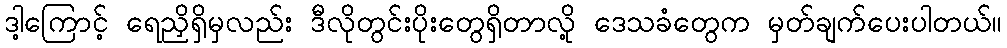
ဒါ့ကြောင့် ရေညှိရှိမှလည်း ဒီလိုတွင်းပိုးတွေရှိတာလို့ ဒေသခံတွေက မှတ်ချက်ပေးပါတယ်။